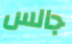
جالس